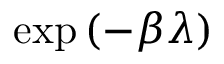
\exp \left( - \beta \lambda \right)